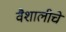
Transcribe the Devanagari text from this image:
वैशालीचे